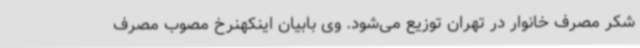
شکر مصرف خانوار در تهران توزیع می‌شود. وی بابیان اینکهنرخ مصوب مصرف